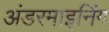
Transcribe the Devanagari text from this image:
अंडरमाइनिंग